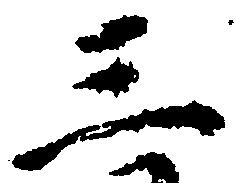
三